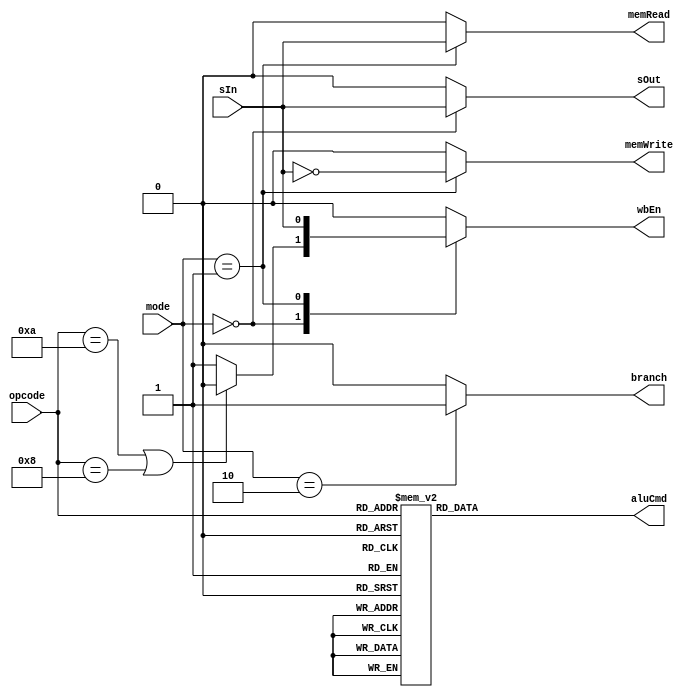
module ControlUnit(
    input [1:0] mode,
    input [3:0] opcode,
    input sIn,
    output reg [3:0] aluCmd,
    output reg memRead, memWrite,
    output reg wbEn, branch, sOut
);
    always @(mode, opcode, sIn) begin
        aluCmd = 4'd0;
        {memRead, memWrite} = 2'd0;
        {wbEn, branch, sOut} = 3'd0;

        case (opcode)
            4'b1101: aluCmd = 4'b0001; // MOV
            4'b1111: aluCmd = 4'b1001; // MVN
            4'b0100: aluCmd = 4'b0010; // ADD, LDR, STR
            4'b0101: aluCmd = 4'b0011; // ADC
            4'b0010: aluCmd = 4'b0100; // SUB
            4'b0110: aluCmd = 4'b0101; // SBC
            4'b0000: aluCmd = 4'b0110; // AND
            4'b1100: aluCmd = 4'b0111; // ORR
            4'b0001: aluCmd = 4'b1000; // EOR
            4'b1010: aluCmd = 4'b0100; // CMP
            4'b1000: aluCmd = 4'b0110; // TST
            default: aluCmd = 4'b0001;
        endcase

        case (mode)
            2'b00: begin
                sOut = sIn;
                // no write-back for CMP and TST
                wbEn = (opcode == 4'b1010 || opcode == 4'b1000) ? 1'b0 : 1'b1;
            end
            2'b01: begin
                wbEn = sIn;
                memRead = sIn;
                memWrite = ~sIn;
            end
            2'b10: branch = 1'b1;
            default:;
        endcase
    end
endmodule